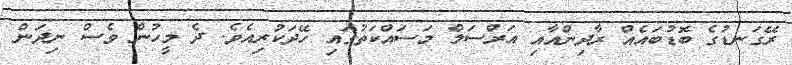
ރޭގަނޑުގެ ބޮޑުބައެއް ރާދިންއާއި އަރްސަލް މަސައްކަތުގައި ހޭދަކުރިއެވެ. ދެ މީހުން ވެސް ނިދަން